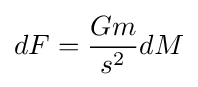
dF={\frac {Gm}{s^{2}}}dM